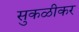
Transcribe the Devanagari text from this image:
सुकळीकर